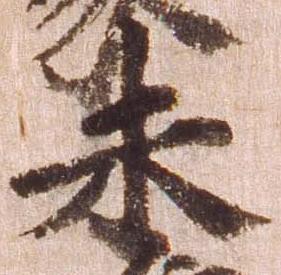
未